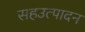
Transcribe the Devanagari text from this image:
सहउत्पादन